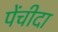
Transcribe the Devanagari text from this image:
पेंचीदा